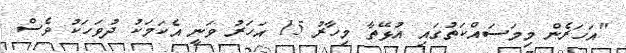
"އަަހަރެން މިމަސައްކަތުގައި އުޅޭތާ މިހާރު 15 އަހަރު ވަނީ އެކަމަކު ދުވަހަކު ވެސް